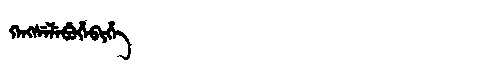
Manchu: ᡴᡝᠩᠰᡝᠯᡝᠪᡠᡥᡝᠪᡳᡥᡝ
Romanization: KENGSELEBUHEBIHE